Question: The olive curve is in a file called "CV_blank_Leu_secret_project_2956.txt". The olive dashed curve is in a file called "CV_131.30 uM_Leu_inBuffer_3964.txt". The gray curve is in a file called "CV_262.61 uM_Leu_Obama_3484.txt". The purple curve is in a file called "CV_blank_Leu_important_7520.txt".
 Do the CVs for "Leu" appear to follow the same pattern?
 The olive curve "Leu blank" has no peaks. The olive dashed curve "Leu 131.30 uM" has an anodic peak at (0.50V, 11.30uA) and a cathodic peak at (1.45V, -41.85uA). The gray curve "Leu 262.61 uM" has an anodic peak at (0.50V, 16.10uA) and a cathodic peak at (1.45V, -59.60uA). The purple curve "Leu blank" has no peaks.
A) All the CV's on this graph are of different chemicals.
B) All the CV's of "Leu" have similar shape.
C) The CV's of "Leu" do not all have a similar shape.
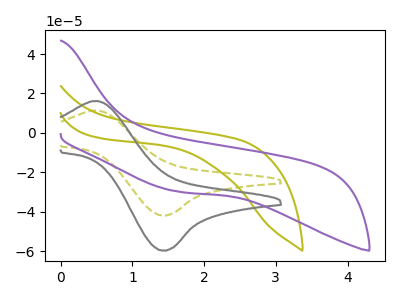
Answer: <think>"Leu blank" and "Leu 131.30 uM" have a different number of peaks. "Leu blank" and "Leu 262.61 uM" have a different number of peaks. Neither "Leu blank" or "Leu blank" have any peaks. All the peaks in "Leu 131.30 uM" have a peak in "Leu 262.61 uM" at the same potential. Every peak in "Leu 131.30 uM" is lower than every peak in "Leu 262.61 uM". "Leu 131.30 uM" and "Leu blank" have a different number of peaks. "Leu 262.61 uM" and "Leu blank" have a different number of peaks.
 </think>
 <answer>B) All the CV's of "Leu" have similar shape.</answer>
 <eval>B</eval>